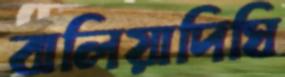
বালিয়াদিঘি